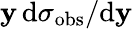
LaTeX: \mathbf{y}\, \mathrm{{d}}\sigma_{\mathrm{{obs}}}/\mathrm{{d}}\mathbf{y}